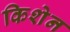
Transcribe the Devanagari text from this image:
किशेन